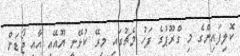
ކޮލިފައިންގެ މި ގްރޫޕުގެ ފަހު މެޗުގައި މިރޭ ކުޅޭނީ ޔޫއޭއީ އާއި ޖޯޑަން